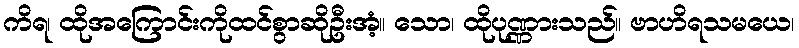
ကိရ၊ ထိုအကြောင်းကိုထင်စွာဆိုဦးအံ့။ သော၊ ထိုပုဏ္ဏားသည်။ ဗာဟိရသမယေ၊